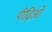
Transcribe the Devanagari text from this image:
पीढ़िओं